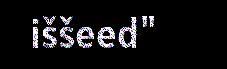
iššeed"